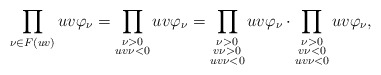
\begin{align*} \prod_{\nu\in F(uv)} uv\varphi_\nu = \prod_{\substack{\nu>0\\ uv\nu<0}} uv\varphi_\nu = \prod_{\substack{\nu>0 \\ v\nu>0 \\ uv\nu<0}} uv\varphi_\nu \cdot \prod_{\substack{\nu>0 \\v\nu<0 \\ uv\nu<0}} uv\varphi_\nu,\end{align*}